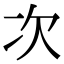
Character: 次